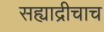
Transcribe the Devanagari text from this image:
सह्याद्रीचाच